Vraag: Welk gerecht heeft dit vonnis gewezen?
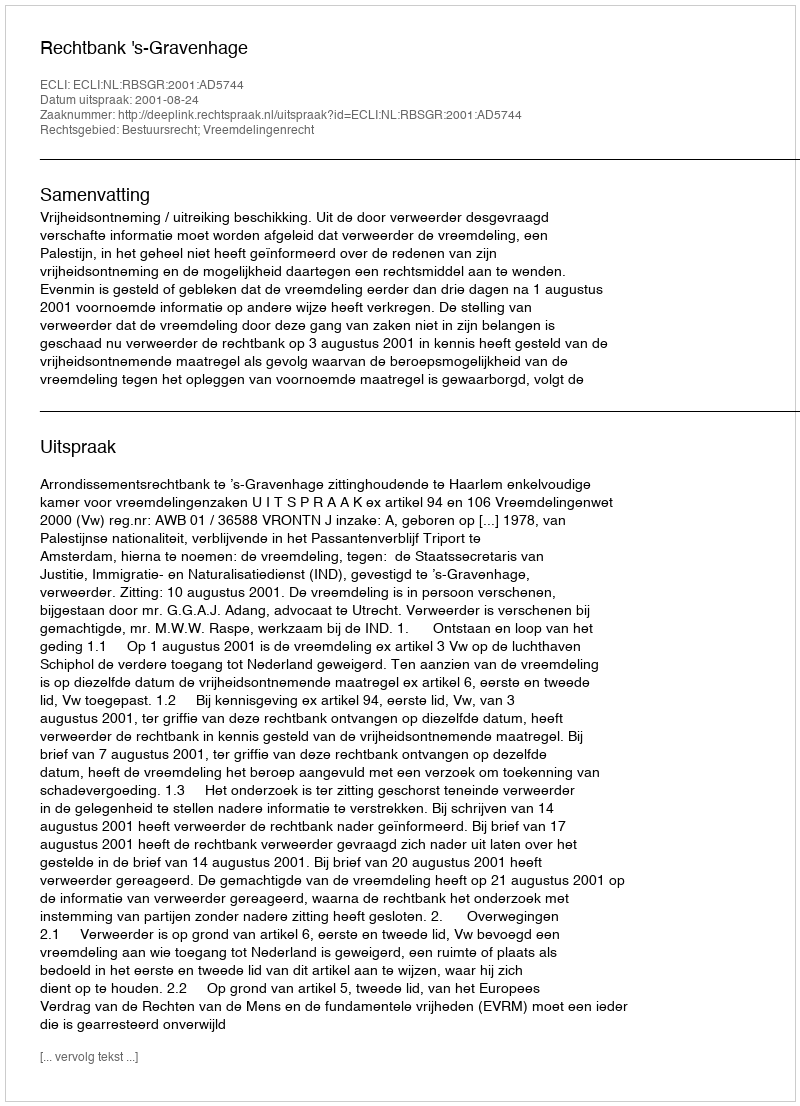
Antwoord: Rechtbank 's-Gravenhage